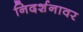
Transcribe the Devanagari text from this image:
निदर्शनावर